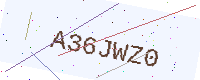
Text: A36JWZ0